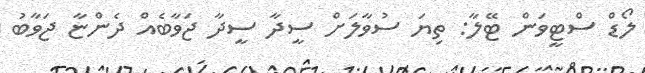
ލޯޑް ސްޓީވަން ޓޭލާ: ތިޔަ ސުވާލަށް ސީދާ ސީދާ ޖަވާބެއް ދެންޏާ ޖަވާބު